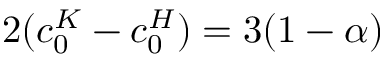
2 ( c _ { 0 } ^ { K } - c _ { 0 } ^ { H } ) = 3 ( 1 - \alpha )